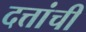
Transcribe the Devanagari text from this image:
दत्तांची